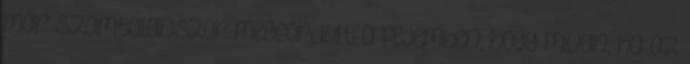
már számtalanszor megfordult a fejemben, hogy mivan, ha az